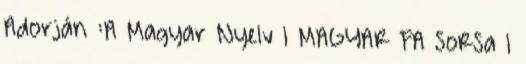
Adorján :A Magyar Nyelv 1 MAGYAR FA SoRSa 1